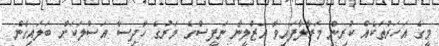
މީގެ އަހަރުތަކެއް ކުރިން މަރާލާފައިވާ އަޒްލީނާ ނަފީސްގެ މަރުގެ ހާދިސާ އަސްލަކަށް ބަލައިގެން